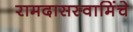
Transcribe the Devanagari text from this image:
रामदासस्वामिंचे